Indian journal of veterinary science and animal husbandry - Volume 7,
Year: 1937
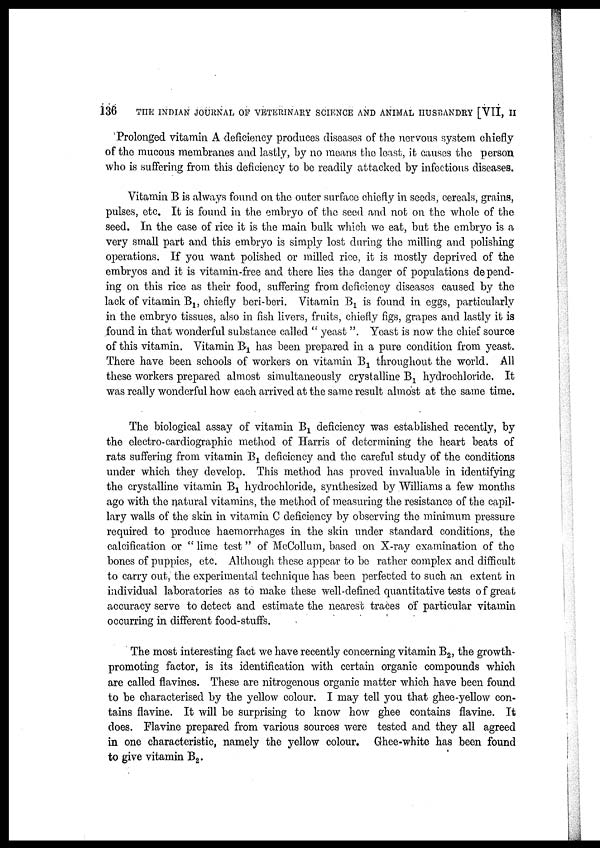
136
THE INDIAN JOURNAL OF VETERINARY SCIENCE AND ANIMAL HUSBANDRY [VII, II
Prolonged vitamin A deficiency produces diseases of the nervous system chiefly
of the mucous membranes and lastly, by no means the least, it causes the person
who is suffering from this deficiency to be readily attacked by infectious diseases.
Vitamin B is always found on the outer surface chiefly in seeds, cereals, grains,
pulses, etc. It is found in the embryo of the seed and not on the whole of the
seed. In the case of rice it is the main bulk which we eat, but the embryo is a
very small part and this embryo is simply lost during the milling and polishing
operations. If you want polished or milled rice, it is mostly deprived of the
embryos and it is vitamin-free and there lies the danger of populations depend-
ing on this rice as their food, suffering from deficiency diseases caused by the
lack of vitamin B 1 , chiefly beri-beri. Vitamin B 1 is found in eggs, particularly
in the embryo tissues, also in fish livers, fruits, chiefly figs, grapes and lastly it is
found in that wonderful substance called " yeast ". Yeast is now the chief source
of this vitamin. Vitamin B 1 has been, prepared in a pure condition from yeast.
There have been schools of workers on vitamin B 1 throughout the world. All
these workers prepared almost simultaneously crystalline B 1 hydrochloride. It
was really wonderful how each arrived at the same result almost at the same time.
The biological assay of vitamin B 1 deficiency was established recently, by
the electro-cardiographic method of Harris of determining the heart beats of
rats suffering from vitamin B 1 deficiency and the careful study of the conditions
under which they develop. This method has proved invaluable in identifying
the crystalline vitamin B 1 hydrochloride, synthesized by Williams a few months
ago with the natural vitamins, the method of measuring the resistance of the capil-
lary walls of the skin in vitamin C deficiency by observing the minimum pressure
required to produce haemorrhages in the skin under standard conditions, the
calcification or " lime test " of McCollum, based on X-ray examination of the
bones of puppies, etc. Although these appear to be rather complex and difficult
to carry out, the experimental technique has been perfected to such an extent in
individual laboratories as to make these well-defined quantitative tests of great
accuracy serve to detect and estimate the nearest traces of particular vitamin
occurring in different food-stuffs.
The most interesting fact we have recently concerning vitamin B 2 , the growth-
promoting factor, is its identification with certain organic compounds which
are called flavines. These are nitrogenous organic matter which have been found
to be characterised by the yellow colour. I may tell you that ghee-yellow con-
tains flavine. It will be surprising to know how ghee contains flavine. It
does. Flavine prepared from various sources were tested and they all agreed
in one characteristic, namely the yellow colour. Ghee-white has been found
to give vitamin B 2 .